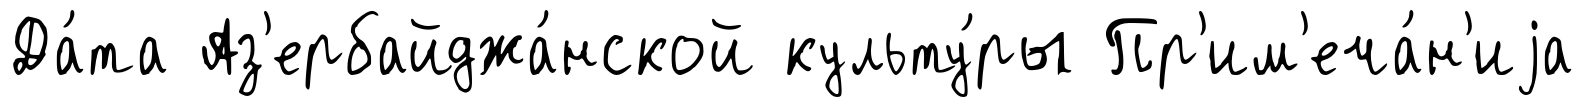
Да́та Аз'ербайджа́нской культу́ры Пр'им'еча́н'иjа